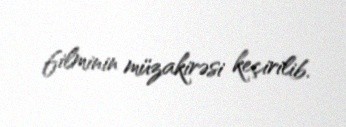
filminin müzakirəsi keçirilib.